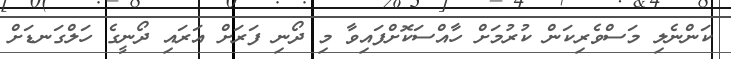
ކަންނެލި މަސްވެރިކަން ކުރުމަށް ހާއްސަކޮށްފައިވާ މި ދޯނި ފަރަށް އަރައި ދޯނީގެ ހަލްގަނޑަށް